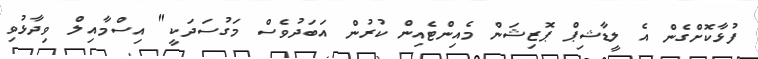
ފުޅާކޮށްގެން އެ ލީޑާޝިޕް ޕޮޒިޝަން މެއިންޓެއިން ކުރުން އަބަދުވެސް މަގުސަދަކީ" އިސްމާއިލް ވިދާޅުވި